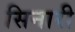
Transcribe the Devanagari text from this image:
सिनारी